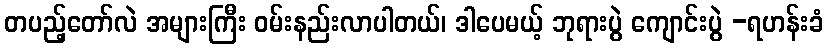
တပည့်တော်လဲ အများကြီး ဝမ်းနည်းလာပါတယ်၊ ဒါပေမယ့် ဘုရားပွဲ ကျောင်းပွဲ -ရဟန်းခံ